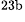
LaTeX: ^\textrm{\scriptsize 23b}